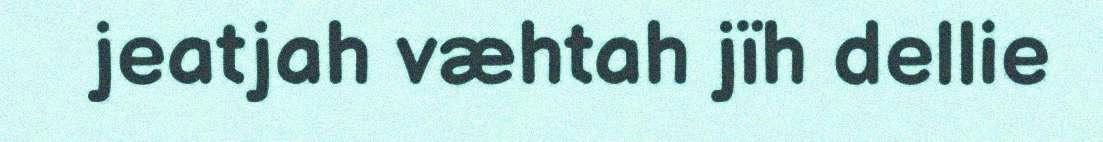
jeatjah væhtah jïh dellie